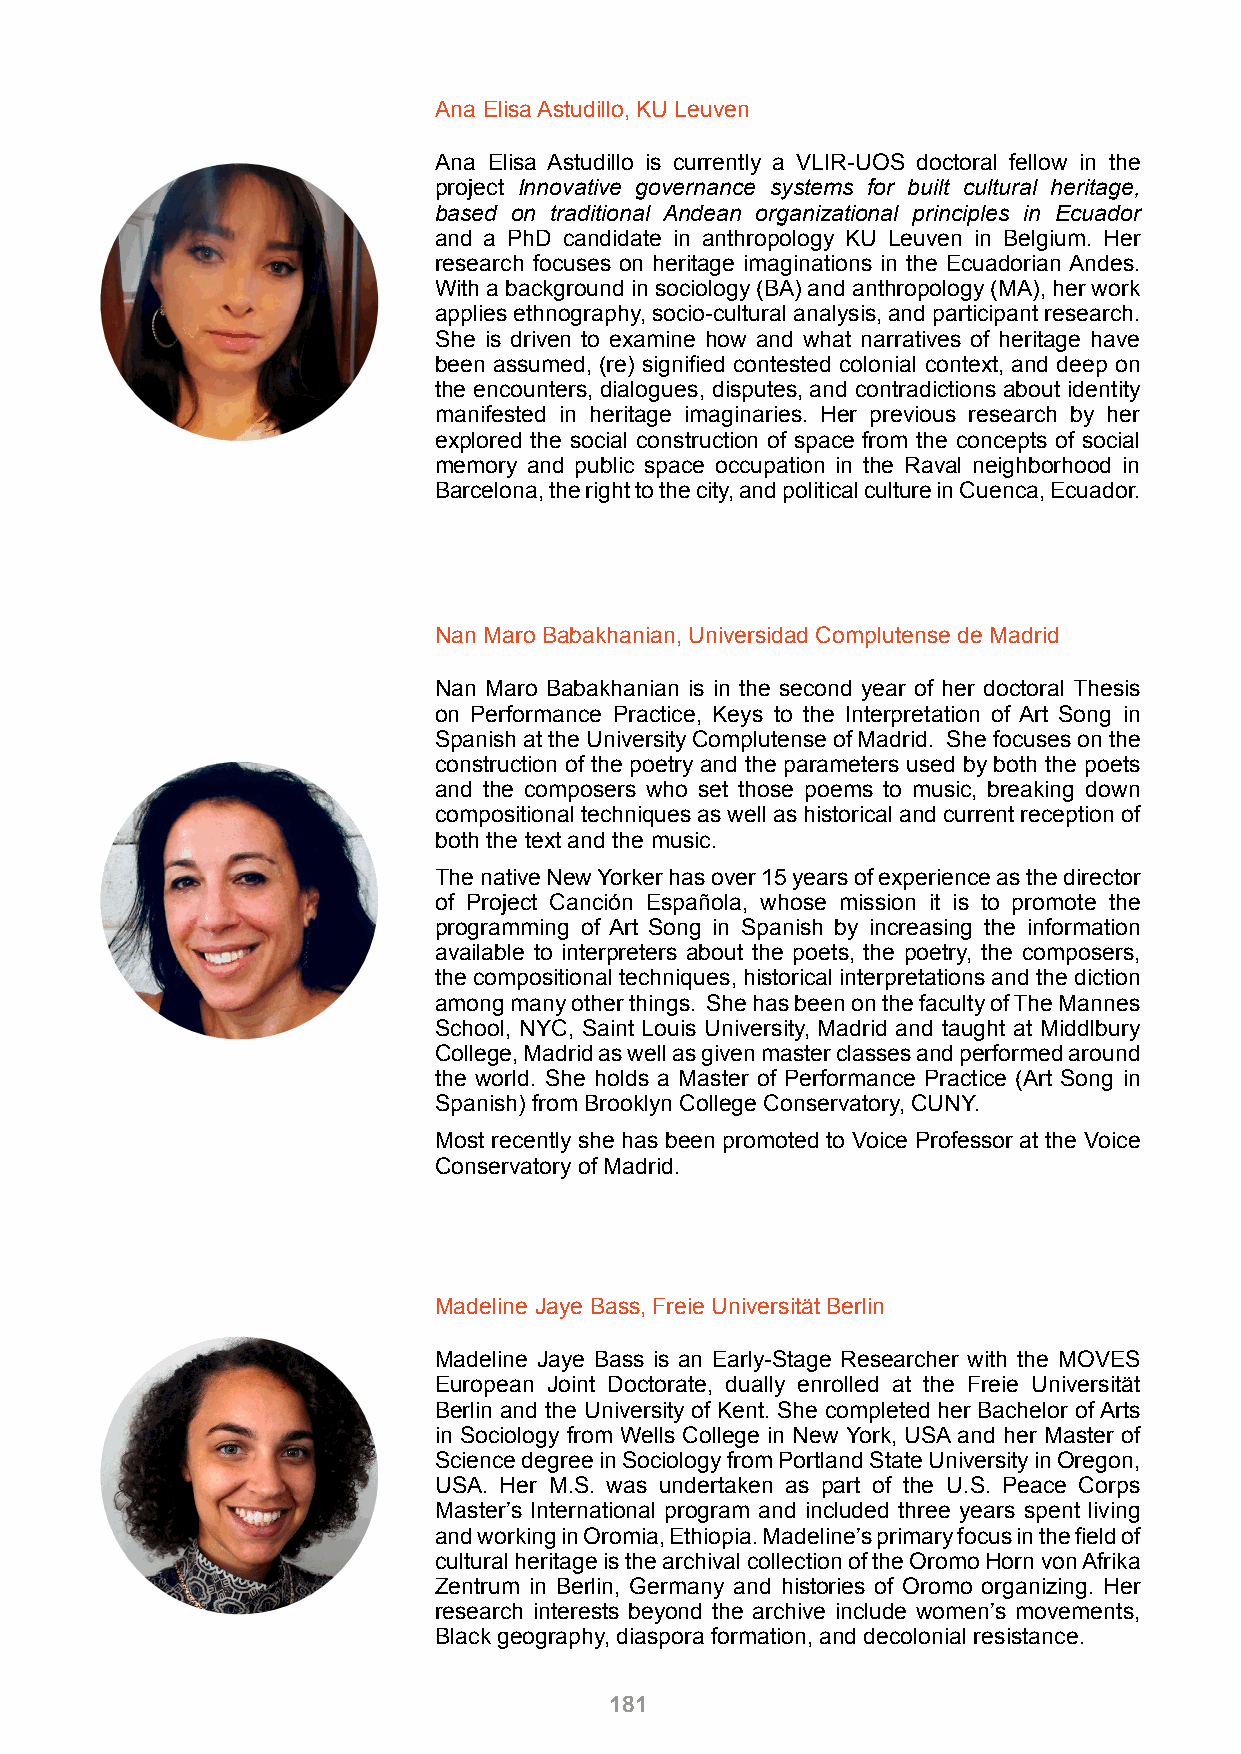
Ana Elisa Astudillo, KU Leuven
 Ana Elisa Astudillo is currently a VLIR-UOS doctoral fellow in the
 project Innovative governance systems for built cultural heritage,
 based on traditional Andean organizational principles in Ecuador
 and a PhD candidate in anthropology KU Leuven in Belgium. Her
 research focuses on heritage imaginations in the Ecuadorian Andes.
 With a background in sociology (BA) and anthropology (MA), her work
 applies ethnography, socio-cultural analysis, and participant research.
 She is driven to examine how and what narratives of heritage have
 been assumed, (re) signified contested colonial context, and deep on
 the encounters, dialogues, disputes, and contradictions about identity
 manifested in heritage imaginaries. Her previous research by her
 explored the social construction of space from the concepts of social
 memory and public space occupation in the Raval neighborhood in
 Barcelona, the right to the city, and political culture in Cuenca, Ecuador.
 Nan Maro Babakhanian, Universidad Complutense de Madrid
 Nan Maro Babakhanian is in the second year of her doctoral Thesis
 on Performance Practice, Keys to the Interpretation of Art Song in
 Spanish at the University Complutense of Madrid. She focuses on the
 construction of the poetry and the parameters used by both the poets
 and the composers who set those poems to music, breaking down
 compositional techniques as well as historical and current reception of
 both the text and the music.
 The native New Yorker has over 15 years of experience as the director
 of Project Canción Española, whose mission it is to promote the
 programming of Art Song in Spanish by increasing the information
 available to interpreters about the poets, the poetry, the composers,
 the compositional techniques, historical interpretations and the diction
 among many other things. She has been on the faculty of The Mannes
 School, NYC, Saint Louis University, Madrid and taught at Middlbury
 College, Madrid as well as given master classes and performed around
 the world. She holds a Master of Performance Practice (Art Song in
 Spanish) from Brooklyn College Conservatory, CUNY.
 Most recently she has been promoted to Voice Professor at the Voice
 Conservatory of Madrid.
 Madeline Jaye Bass, Freie Universität Berlin
 Madeline Jaye Bass is an Early-Stage Researcher with the MOVES
 European Joint Doctorate, dually enrolled at the Freie Universität
 Berlin and the University of Kent. She completed her Bachelor of Arts
 in Sociology from Wells College in New York, USA and her Master of
 Science degree in Sociology from Portland State University in Oregon,
 USA. Her M.S. was undertaken as part of the U.S. Peace Corps
 Master’s International program and included three years spent living
 and working in Oromia, Ethiopia. Madeline’s primary focus in the field of
 cultural heritage is the archival collection of the Oromo Horn von Afrika
 Zentrum in Berlin, Germany and histories of Oromo organizing. Her
 research interests beyond the archive include women’s movements,
 Black geography, diaspora formation, and decolonial resistance.
 181